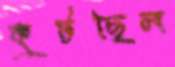
কুটছিল